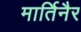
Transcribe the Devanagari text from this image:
मार्तिनैर